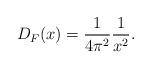
LaTeX: \begin{align*}D_{F}(x)=\frac{1}{4\pi^{2}}\frac{1}{x^{2}}.\end{align*}